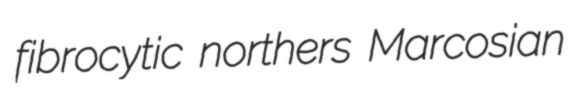
fibrocytic northers Marcosian